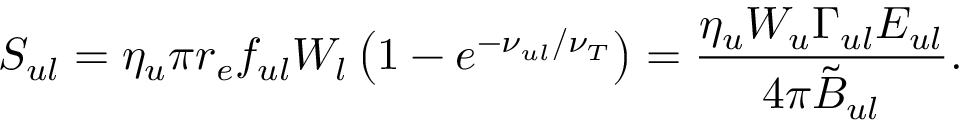
S _ { u l } = \eta _ { u } \pi r _ { e } f _ { u l } W _ { l } \left( 1 - e ^ { - \nu _ { u l } / \nu _ { T } } \right) = \frac { \eta _ { u } W _ { u } \Gamma _ { u l } E _ { u l } } { 4 \pi \tilde { B } _ { u l } } .